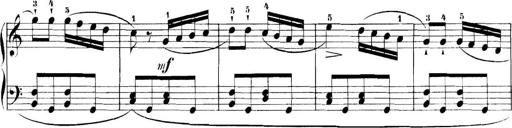
Title: 11 Sonatinas
Composer: Anton Diabelli